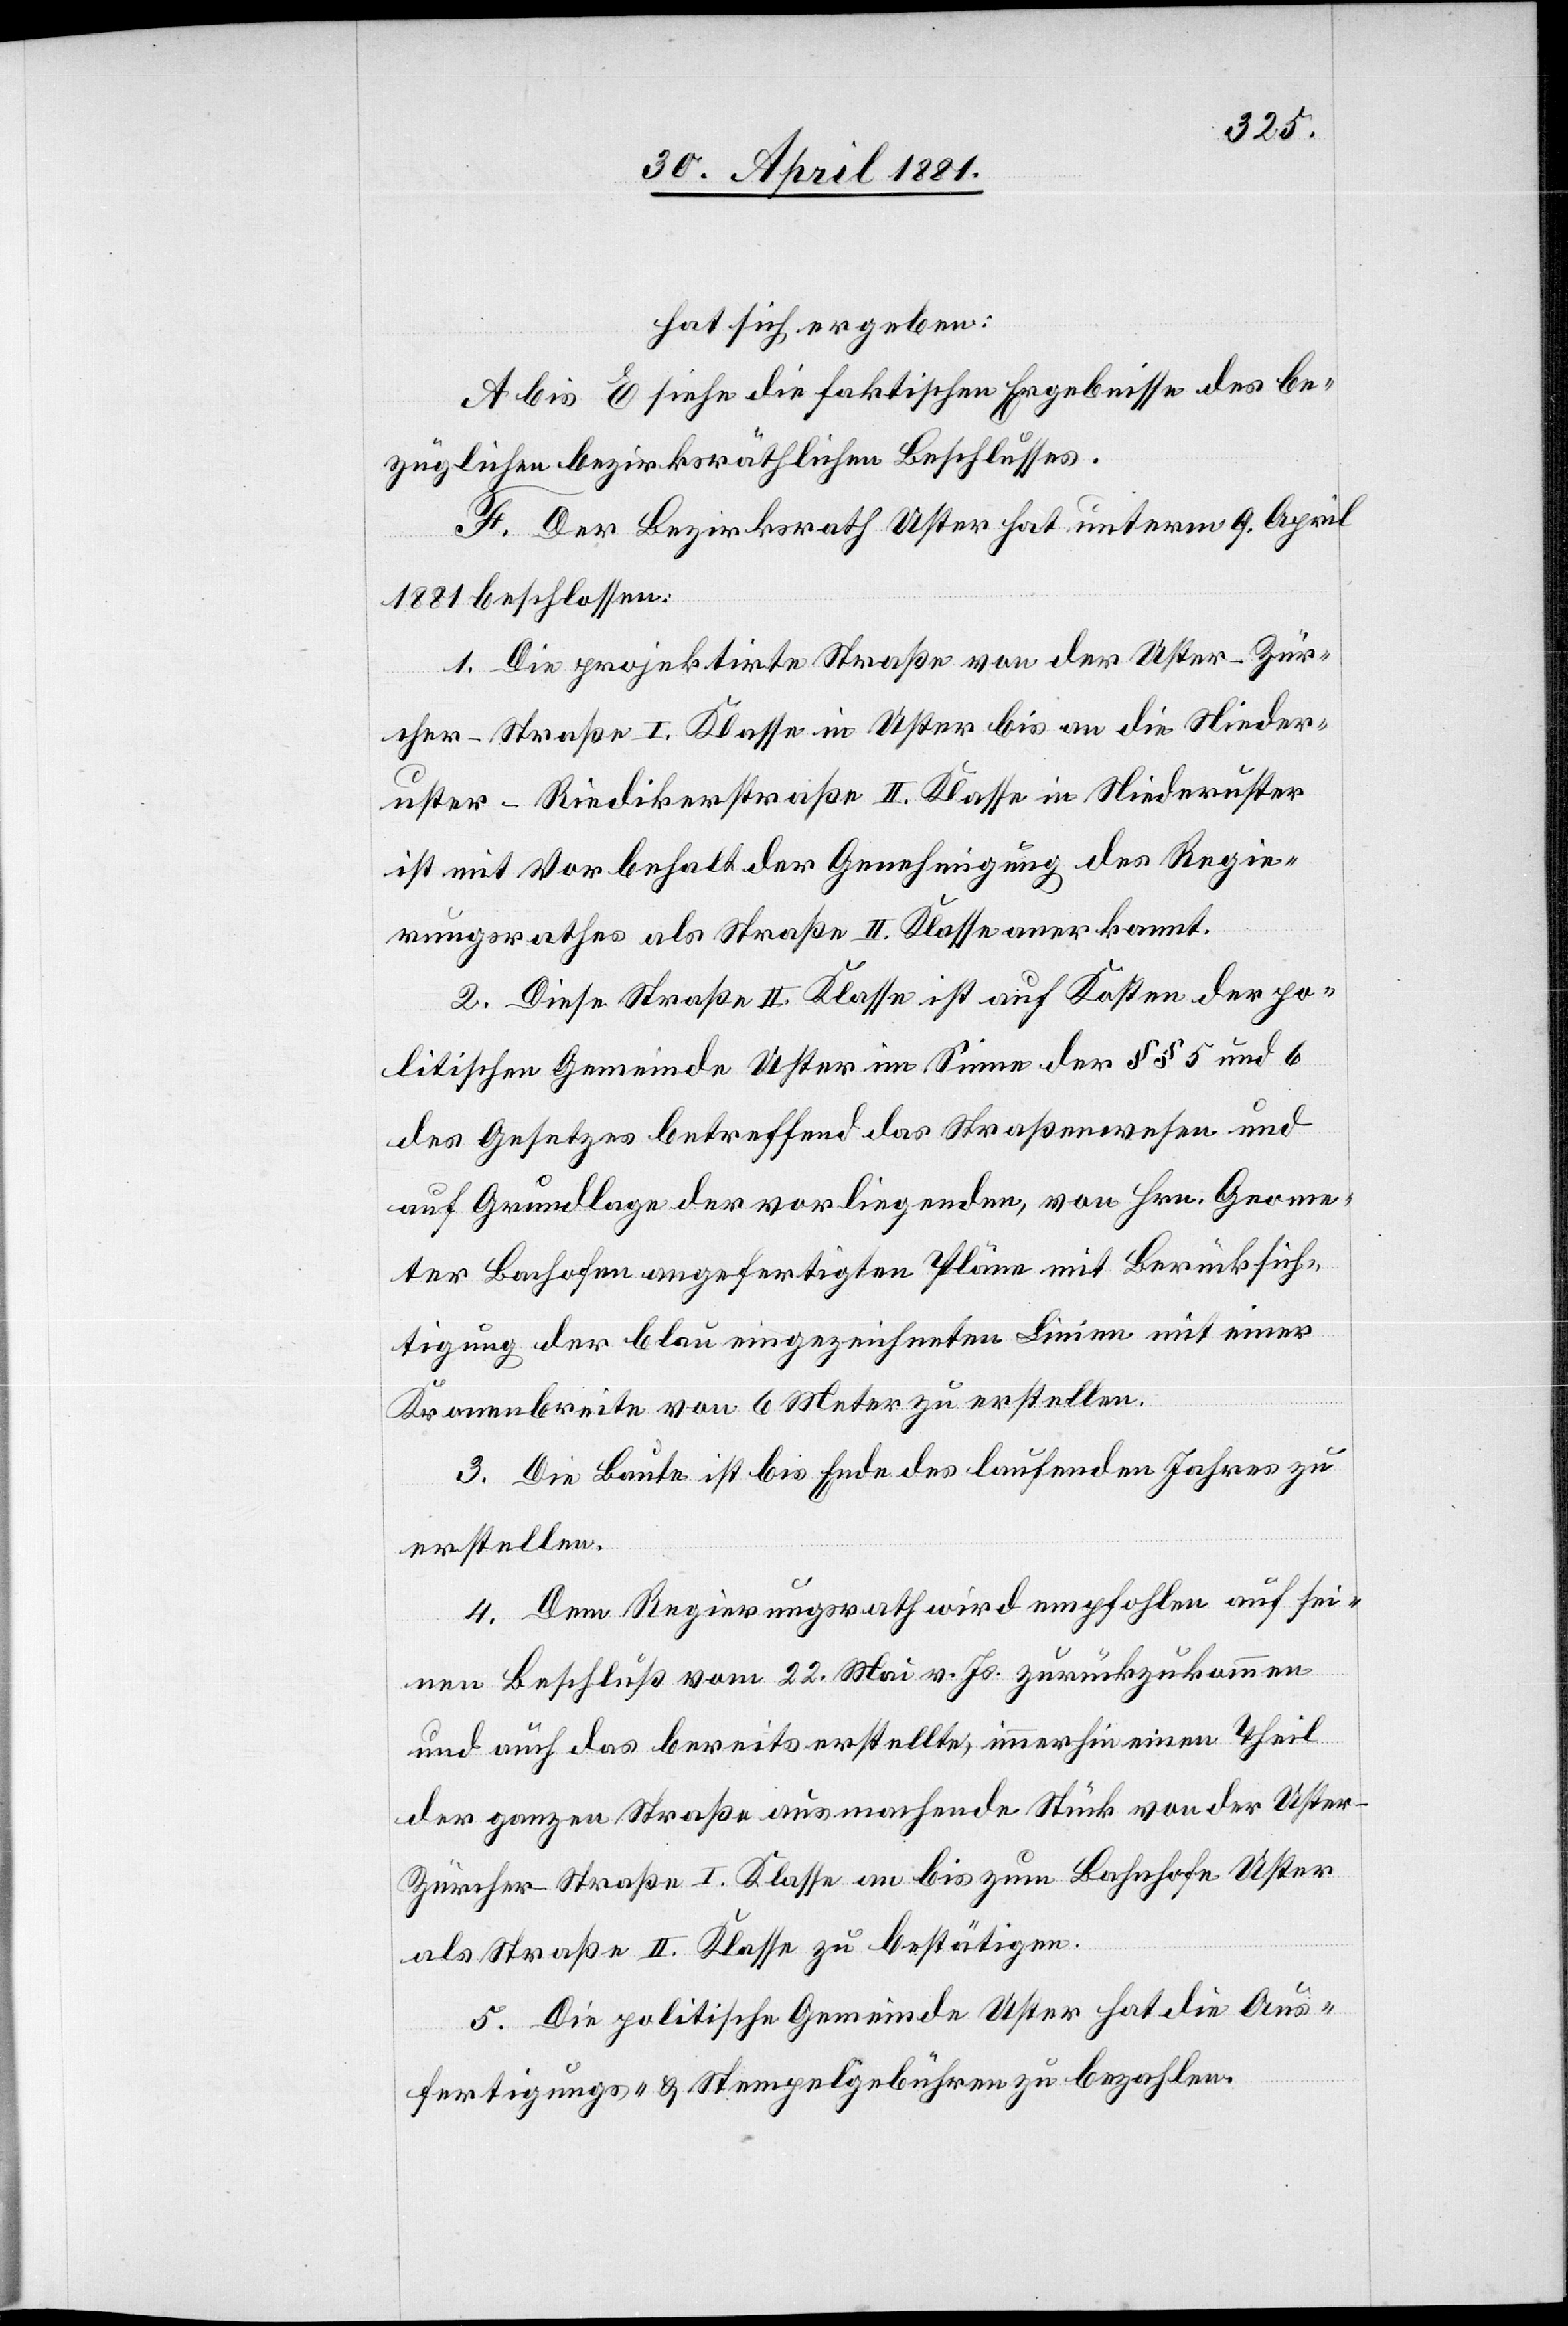
hat sich ergeben:
A. bis E siehe die faktischen Ergebnisse des be¬
züglichen bezirksräthlichen Beschlusses.
F. Der Bezirksrath Uster hat unterm 9. April
1881 beschlossen:
1. Die projektirte Straße von der Uster–Zür¬
cher-Straße I. Klasse in Uster bis an die Nieder¬
uster–Riedikerstraße II. Klasse in Niederuster
ist mit Vorbehalt der Genehmigung des Regie¬
rungsrathes als Straße II. Klasse anerkannt.
2. Diese Straße II. Klasse ist auf Kosten der po¬
litischen Gemeinde Uster im Sinne der §§ 5 und 6
des Gesetzes betreffend das Straßenwesen und
auf Grundlage der vorliegenden, von Hrn. Geome¬
ter Bachofen angefertigten Pläne mit Berücksich¬
tigung der blau eingezeichneten Linien mit einer
Kronenbreiten von 6 Meter zu erstellen.
3. Die Baute ist bis Ende des laufenden Jahres zu
erstellen.
4. Dem Regierungsrath wird empfohlen auf sei¬
nen Beschluß vom 22. Mai v. Js. zurückzukommen
und auch das bereits erstellte, immerhin einen Theil
der ganzen Straße ausmachende Stück von der Uste¬
r-Zürcher-Straße I. Klasse an bis zum Bahnhofe Uster
als Straße IIl. Klasse zu bestätigen.
5. Die politische Gemeinde Uster hat die Aus¬
fertigungs- & Stempelgebühren zu bezahlen.